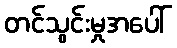
တင်သွင်းမှုအပေါ်